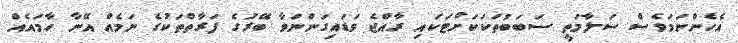
އެހެންނަމަވެސް ސަލާމަތީ ސަބަބުތަކަކަށްޓަކައި ރާއްޖެ ވަޑައިގަންނަވާ ބޭރުގެ ފަރާތްތަކުގެ ނަމެއް އޭނާ ހާމައެއް